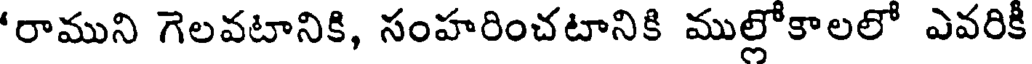
'రాముని గెలవటానికి, సంహరించటానికి ముల్లోకాలలో ఎవరికీ